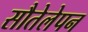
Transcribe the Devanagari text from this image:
सौतेलेपन